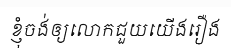
ខ្ញុំចង់ឲ្យលោកជួយយើងរឿង